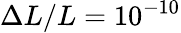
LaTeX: \Delta{}L/L=10^{-10}